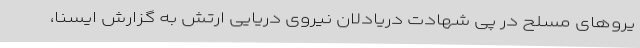
یروهای مسلح در پی شهادت دریادلان نیروی دریایی ارتش به گزارش ایسنا،